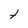
Character: t